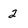
Character: 2